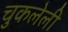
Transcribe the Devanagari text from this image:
चुकलेली